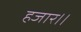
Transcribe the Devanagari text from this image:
हजार।।